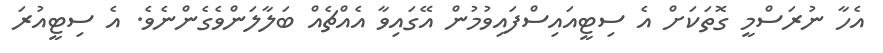
އެހާ ނުރަސްމީ ގޮތަކަށް އެ ސިޓީއައިސްފައިވުމުން އޭގައިވާ އެއްޗެއް ބަލާލަންވެގެންނެވެ. އެ ސިޓީއުރަ